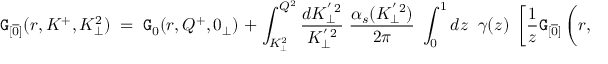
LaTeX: { \tt G } _ { [ \overline { { { 0 } } } ] } ( r , K ^ { + } , K _ { \perp } ^ { 2 } ) \; = \; { \tt G } _ { 0 } ( r , Q ^ { + } , 0 _ { \perp } ) \; + \; \int _ { K _ { \perp } ^ { 2 } } ^ { Q ^ { 2 } } \frac { d K _ { \perp } ^ { ' \, 2 } } { K _ { \perp } ^ { ' \, 2 } } \; \frac { \alpha _ { s } ( K _ { \perp } ^ { ' \, 2 } ) } { 2 \pi } \; \int _ { 0 } ^ { 1 } d z \; \; \gamma ( z ) \; \left[ \frac { 1 } { z } { \tt G } _ { [ \overline { { { 0 } } } ] } \left( r , \frac { K ^ { + } } { z } , K _ { \perp } ^ { ' \, 2 } \right) \; - \; \frac { 1 } { 2 } { \tt G } _ { [ \overline { { { 0 } } } ] } \left( r , K ^ { + } , K _ { \perp } ^ { ' \, 2 } \right) \right] \; ,